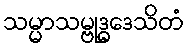
သမ္မာသမ္ဗုဒ္ဓဒေသိတံ